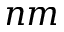
n m